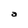
Character: a